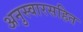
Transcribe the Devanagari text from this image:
अनुस्वारसहित